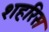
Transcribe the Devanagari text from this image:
शहरिस